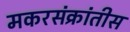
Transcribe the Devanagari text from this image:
मकरसंक्रांतीस